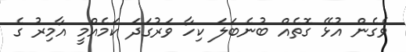
ވެގެން އުޅޭ ގޮތެއް ބުނެބަލަ ކިހާ ވަރުގަދަ ކަމެއްމީ އާމިރު ގެ